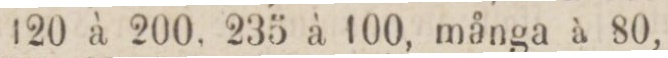
120 à 200. 235 à 100, många à 80,